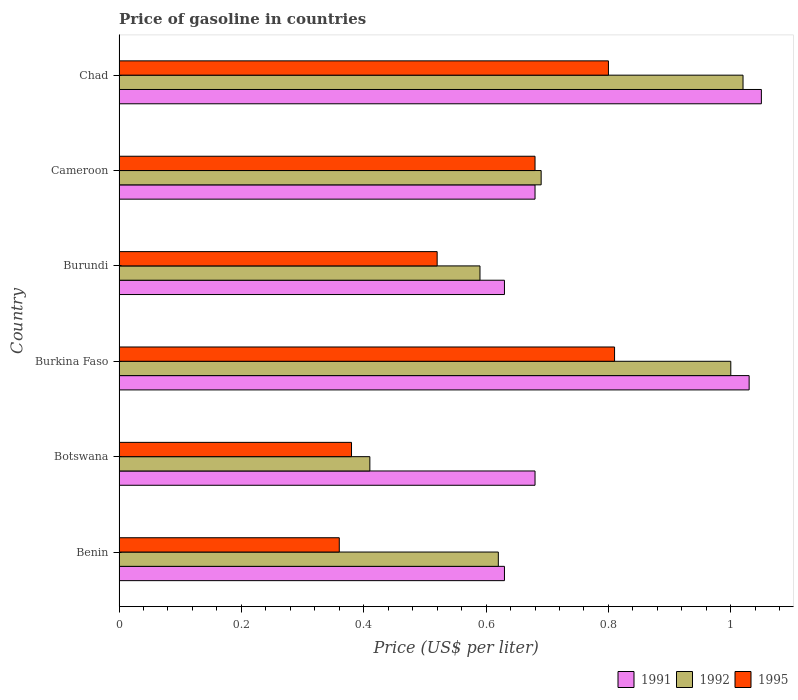
| Country | 1991 | 1992 | 1995 |
 | --- | --- | --- | --- |
 | Benin | 0.63 | 0.62 | 0.36 |
 | Botswana | 0.68 | 0.41 | 0.38 |
 | Burkina Faso | 1.03 | 1 | 0.81 |
 | Burundi | 0.63 | 0.59 | 0.52 |
 | Cameroon | 0.68 | 0.69 | 0.68 |
 | Chad | 1.05 | 1.02 | 0.8 |